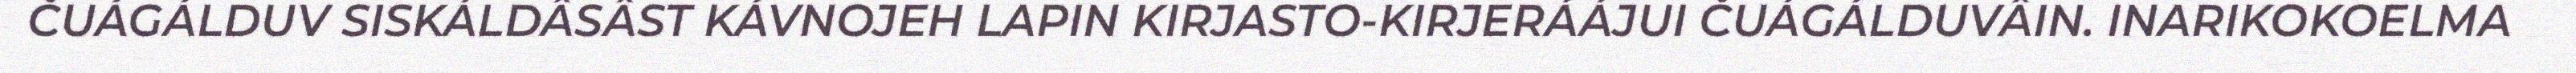
ČUÁGÁLDUV SISKÁLDÂSÂST KÁVNOJEH LAPIN KIRJASTO-KIRJERÁÁJUI ČUÁGÁLDUVÂIN. INARIKOKOELMA